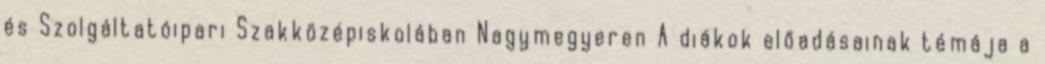
és Szolgáltatóipari Szakközépiskolában Nagymegyeren A diákok előadásainak témája a